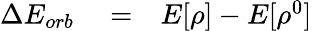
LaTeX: \begin{array}{rlr}{\Delta E_{orb}}&{{}=}&{E[\rho]-E[\rho^{0}]}\end{array}